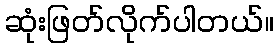
ဆုံးဖြတ်လိုက်ပါတယ်။